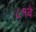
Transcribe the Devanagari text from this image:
८१वे